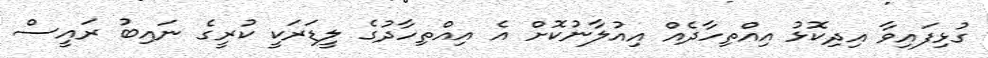
ގުޅިފައިވާ އިދިކޮޅު އިއްތިހާދެއް އިއުލާނުކޮށް އެ އިއްތިހާދުގެ ލީޑަރަކީ ކުރީގެ ނައިބު ރައީސް